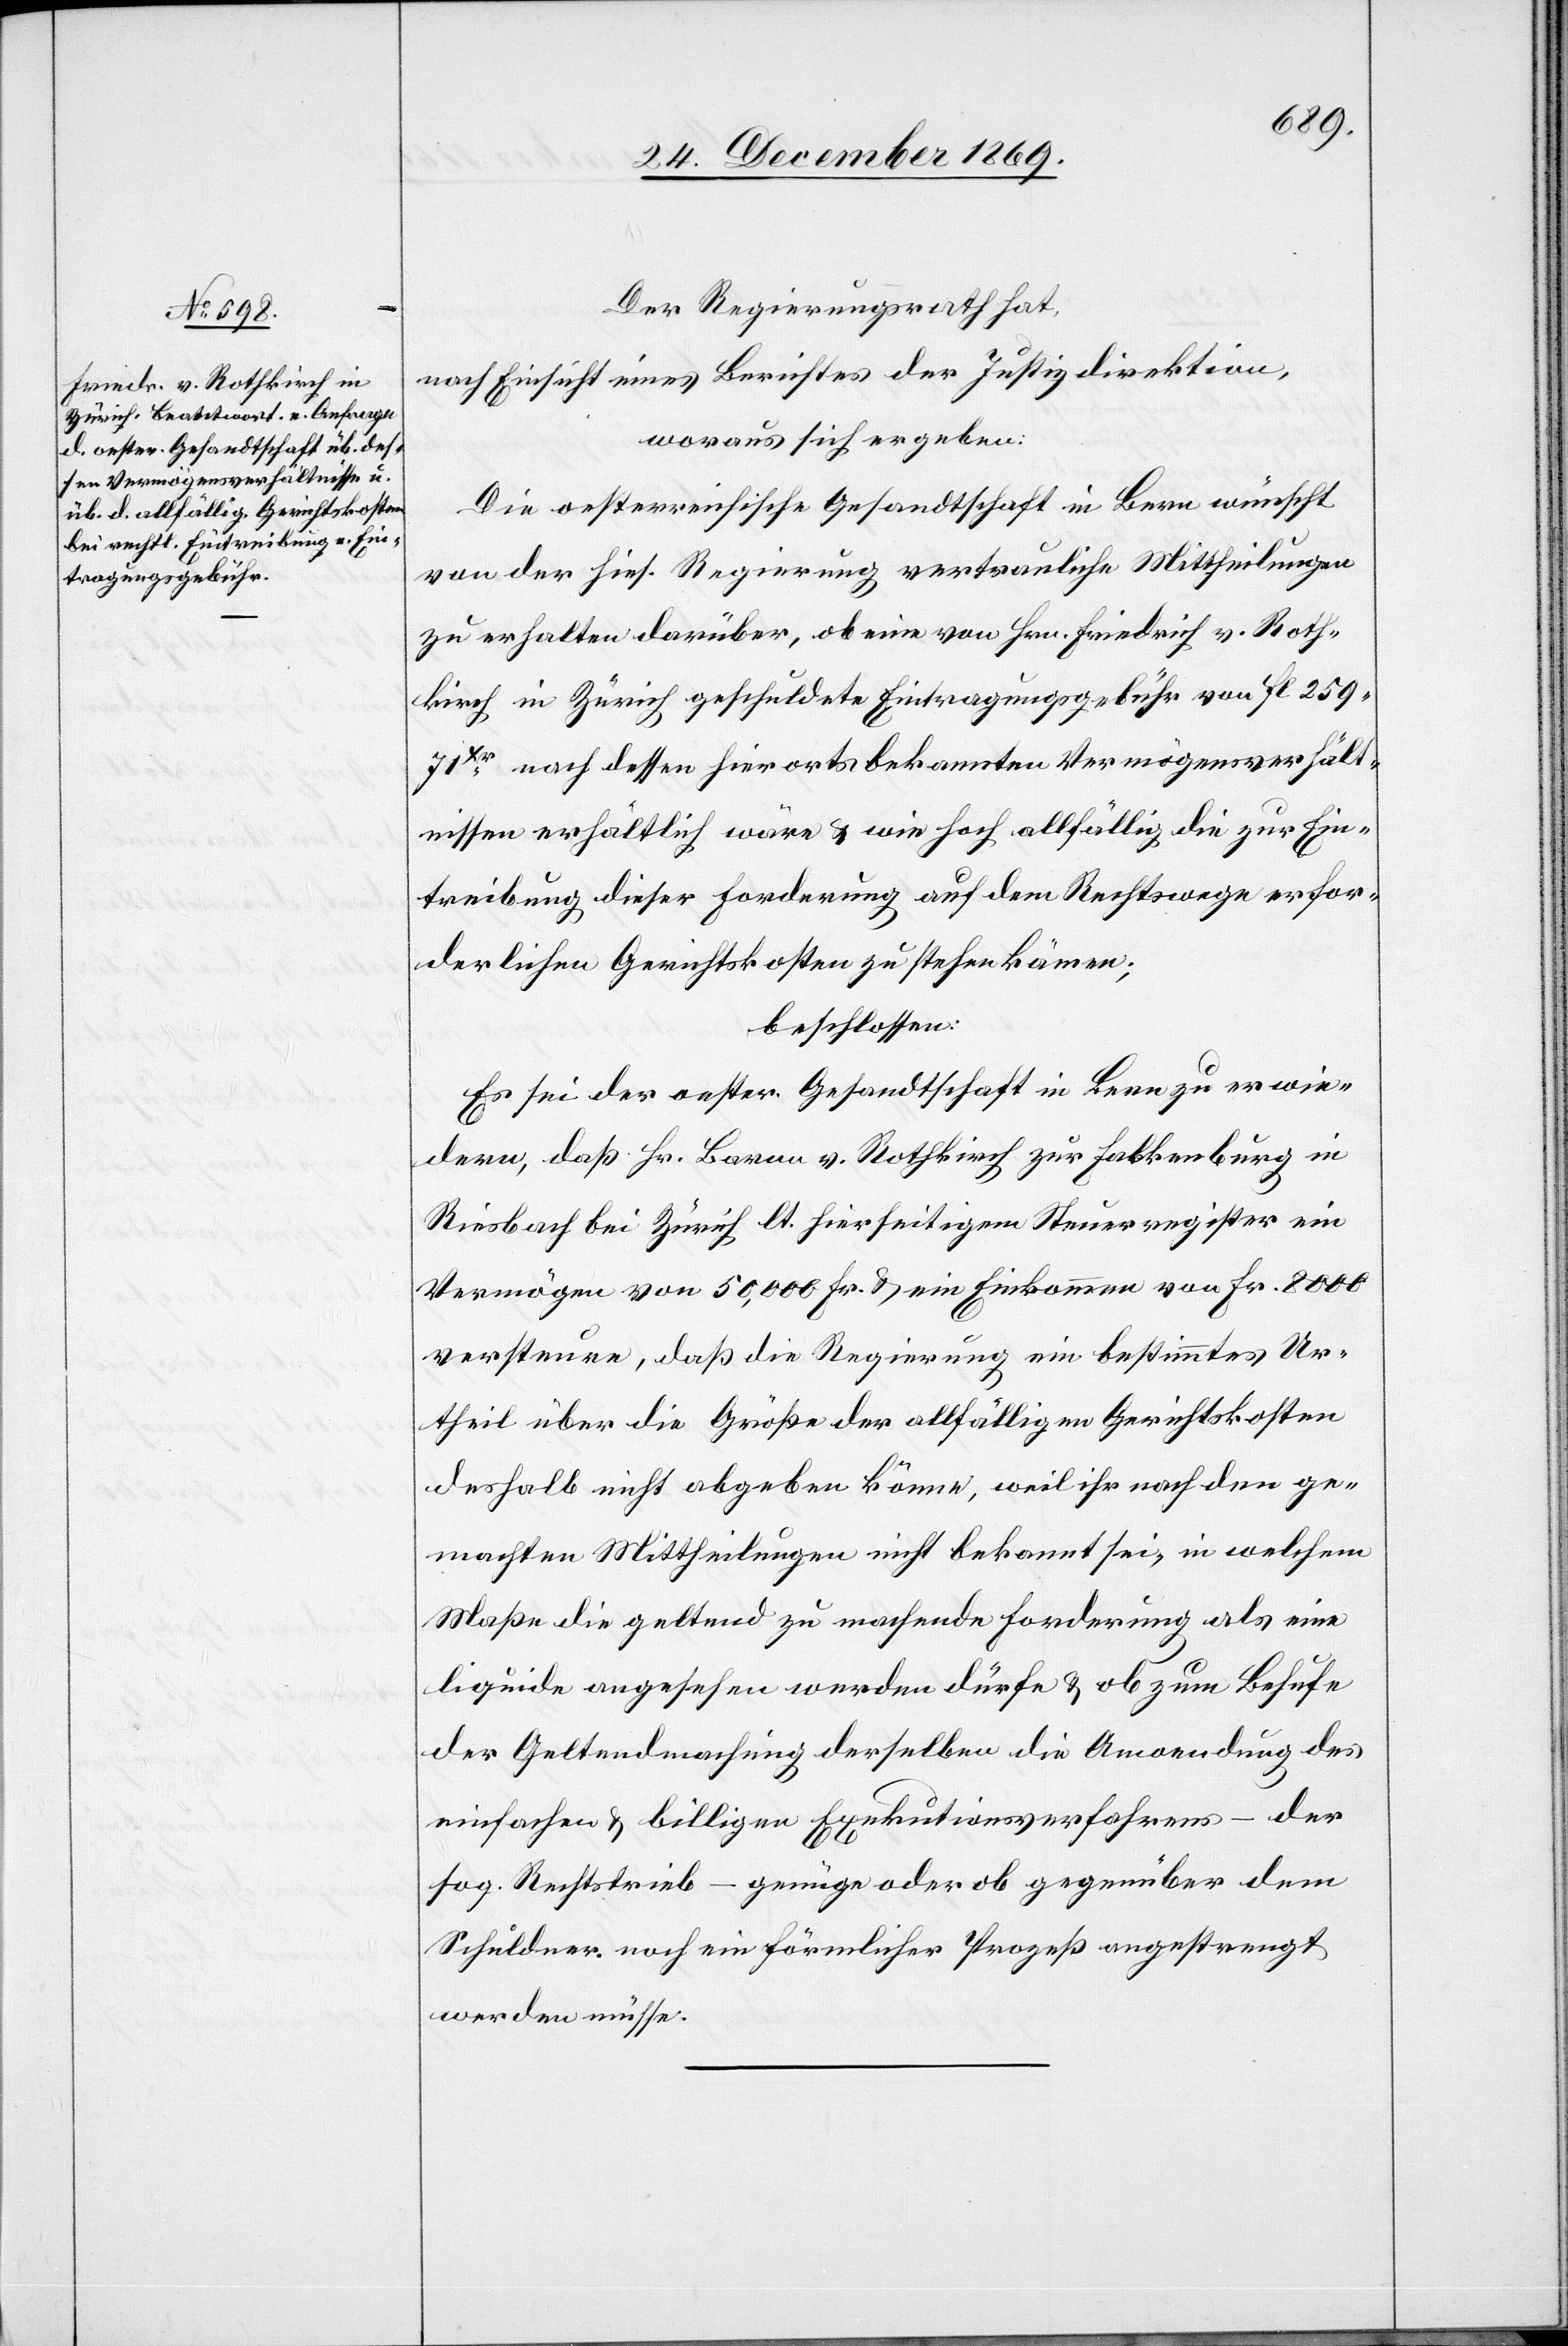
Der Regierungsrath hat,
nach Einsicht eines Berichtes der Justizdirektion,
woraus sich ergeben:
Die oesterreichische Gesandtschaft in Bern wünscht
von der hies. Regierung vertrauliche Mittheilungen
zu erhalten darüber, ob eine von Hrn. Friedrich v. Roth¬
kirch in Zürich geschuldete Eintragungsgebühr von fl. 259
71Xr nach dessen hierorts bekannten Vermögensverhält¬
nissen erhältlich wäre & wie hoch allfällig die zur Ein¬
treibung dieser Forderung auf dem Rechtswege erfor¬
derlichen Gerichtskosten zu stehen kämen;
beschlossen:
Es sei der oester. Gesandtschaft in Bern zu erwie¬
dern, daß Hr. Baron v. Rothkirch zur Falkenburg in
Riesbach bei Zürich lt. hierseitigem Steuerregister ein
Vermögen von 50,000 Fr. & ein Einkommen von Fr. 8000
versteure, daß die Regierung ein bestimmtes Ur¬
theil über die Größe der allfälligen Gerichtskosten
deshalb nicht abgeben könne, weil ihr nach den ge¬
machten Mittheilungen nicht bekannt sei, in welchem
Maße die geltend zu machende Forderung als eine
liquide angesehen werden dürfe & ob zum Behufe
der Geltendmachung derselben die Anwendung des
einfachen & billigen Exekutionsverfahrens – der
sog. Rechtstrieb – genüge oder ob gegenüber dem
Schuldner noch ein förmlicher Prozeß angestrengt
werden müsse.